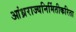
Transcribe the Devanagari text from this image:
आंध्रराज्यनिर्मितीकरिता